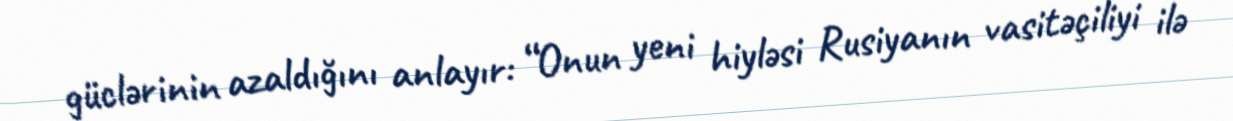
güclərinin azaldığını anlayır: “Onun yeni hiyləsi Rusiyanın vasitəçiliyi ilə